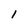
Character: I